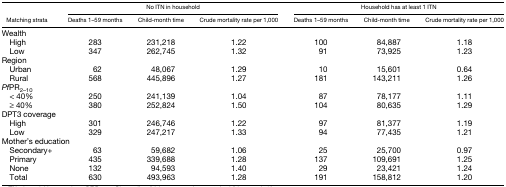
<table><thead><tr><td rowspan="2"><b>Matching strata</b></td><td colspan="3"><b>No ITN in household</b></td><td colspan="3"><b>Household has at least 1 ITN</b></td></tr><tr><td><b>Deaths 1–59 months</b></td><td><b>Child-month time</b></td><td><b>Crude mortality rate per 1,000</b></td><td><b>Deaths 1–59 months</b></td><td><b>Child-month time</b></td><td><b>Crude mortality rate per 1,000</b></td></tr></thead><tbody><tr><td colspan="7">Wealth</td></tr><tr><td> High</td><td>283</td><td>231,218</td><td>1.22</td><td>100</td><td>84,887</td><td>1.18</td></tr><tr><td> Low</td><td>347</td><td>262,745</td><td>1.32</td><td>91</td><td>73,925</td><td>1.23</td></tr><tr><td colspan="7">Region</td></tr><tr><td> Urban</td><td>62</td><td>48,067</td><td>1.29</td><td>10</td><td>15,601</td><td>0.64</td></tr><tr><td> Rural</td><td>568</td><td>445,896</td><td>1.27</td><td>181</td><td>143,211</td><td>1.26</td></tr><tr><td colspan="7"><i>Pf</i>PR<sub>2–10</sub></td></tr><tr><td> &lt; 40%</td><td>250</td><td>241,139</td><td>1.04</td><td>87</td><td>78,177</td><td>1.11</td></tr><tr><td> ≥ 40%</td><td>380</td><td>252,824</td><td>1.50</td><td>104</td><td>80,635</td><td>1.29</td></tr><tr><td colspan="7">DPT3 coverage</td></tr><tr><td> High</td><td>301</td><td>246,746</td><td>1.22</td><td>97</td><td>81,377</td><td>1.19</td></tr><tr><td> Low</td><td>329</td><td>247,217</td><td>1.33</td><td>94</td><td>77,435</td><td>1.21</td></tr><tr><td colspan="7">Mother’s education</td></tr><tr><td> Secondary+</td><td>63</td><td>59,682</td><td>1.06</td><td>25</td><td>25,700</td><td>0.97</td></tr><tr><td> Primary</td><td>435</td><td>339,688</td><td>1.28</td><td>137</td><td>109,691</td><td>1.25</td></tr><tr><td> None</td><td>132</td><td>94,593</td><td>1.40</td><td>29</td><td>23,421</td><td>1.24</td></tr><tr><td> Total</td><td>630</td><td>493,963</td><td>1.28</td><td>191</td><td>158,812</td><td>1.20</td></tr></tbody></table>